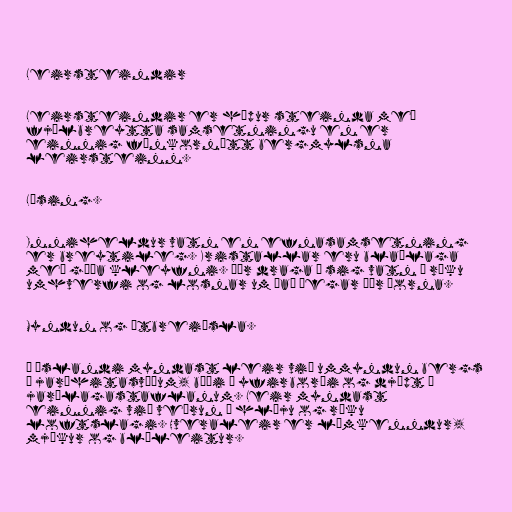
Leirsteindir

Leirsteindir er hópur steinda með
fjölbreytta samsetningu en er
einnig fínkornótt bergmylsna
leirsteinn.

Lýsing.

Inniheldur vatn en efnasamsetning
er breytileg. Kristallar eru blaðlaga
með góða kleyfni. Þær draga í sig vatn í röku
umhverfi og losnar um það þegar þær þorna.

Myndun og útbreiðsla.

Á Íslandi myndast leir við ummyndun bergs
á jarðhitasvæðum, bæði á yfirborði og djúpt í
jarðlagastaflanum. Leir myndast
einnig við veðrun í hlýju og röku
loftslagi. Hveraleir er límkenndur,
mjúkur og bláleitur.